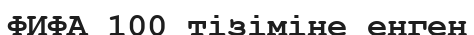
ФИФА 100 тізіміне енген